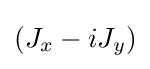
(J_{x}-iJ_{y})